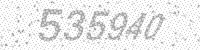
Solution: 535940